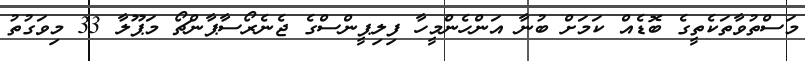
މަސްތުވާތަކެތީގެ ބޮޑެއް ކަމަށް ބުނާ އަންހެންމީހާ ފިލިޕީންސްގެ ޖެނެރޯސާޕާންޗޯ މަޕޫލާ 33 މިވަގުތު